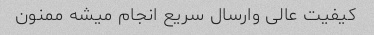
کیفیت عالی وارسال سریع انجام میشه ممنون